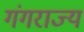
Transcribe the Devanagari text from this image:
गंगराज्य